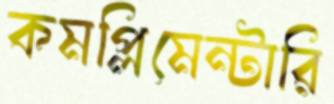
কমপ্লিমেন্টারি